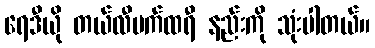
ရေဒီယို တယ်လီမက်ထရီ နည်းကို သုံးပါတယ်။